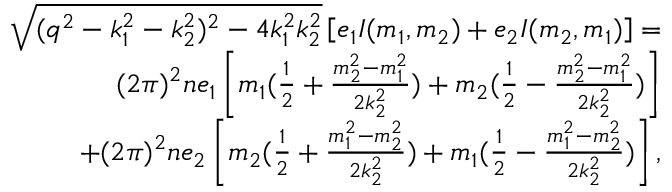
\begin{array} { r l r } & { } & { \sqrt { ( q ^ { 2 } - k _ { 1 } ^ { 2 } - k _ { 2 } ^ { 2 } ) ^ { 2 } - 4 k _ { 1 } ^ { 2 } k _ { 2 } ^ { 2 } } \left[ e _ { 1 } I ( m _ { 1 } , m _ { 2 } ) + e _ { 2 } I ( m _ { 2 } , m _ { 1 } ) \right] = } \\ & { } & { ( 2 \pi ) ^ { 2 } n e _ { 1 } \left[ m _ { 1 } ( \frac { 1 } { 2 } + \frac { m _ { 2 } ^ { 2 } - m _ { 1 } ^ { 2 } } { 2 k _ { 2 } ^ { 2 } } ) + m _ { 2 } ( \frac { 1 } { 2 } - \frac { m _ { 2 } ^ { 2 } - m _ { 1 } ^ { 2 } } { 2 k _ { 2 } ^ { 2 } } ) \right] } \\ & { } & { + ( 2 \pi ) ^ { 2 } n e _ { 2 } \left[ m _ { 2 } ( \frac { 1 } { 2 } + \frac { m _ { 1 } ^ { 2 } - m _ { 2 } ^ { 2 } } { 2 k _ { 2 } ^ { 2 } } ) + m _ { 1 } ( \frac { 1 } { 2 } - \frac { m _ { 1 } ^ { 2 } - m _ { 2 } ^ { 2 } } { 2 k _ { 2 } ^ { 2 } } ) \right] , } \end{array}